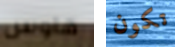
هاوس تكون